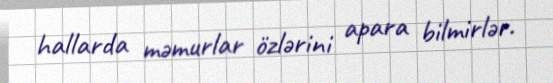
hallarda məmurlar özlərini apara bilmirlər.